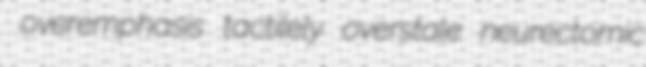
overemphasis tactilely overstale neurectomic